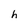
Character: h